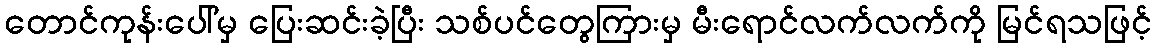
တောင်ကုန်းပေါ်မှ ပြေးဆင်းခဲ့ပြီး သစ်ပင်တွေကြားမှ မီးရောင်လက်လက်ကို မြင်ရသဖြင့်